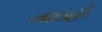
તાઇહો